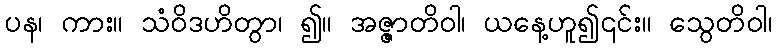
ပန၊ ကား။ သံဝိဒဟိတွာ၊ ၍။ အဇ္ဇာတိဝါ၊ ယနေ့ဟူ၍၎င်း။ သွေတိဝါ၊